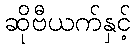
ဆိုဗီယက်နှင့်